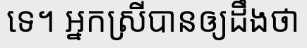
ទេ។ អ្នកស្រីបានឲ្យដឹងថា